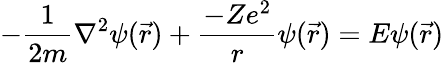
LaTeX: -{\frac{1}{2m}}\nabla^{2}\psi({\vec{r}})+{\frac{-Ze^{2}}{r}}\psi({\vec{r}})=E\psi({\vec{r}})